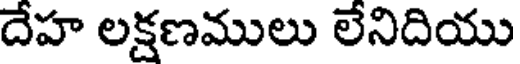
దేహ లక్షణములు లేనిదియు